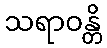
သရာဝန္တိ